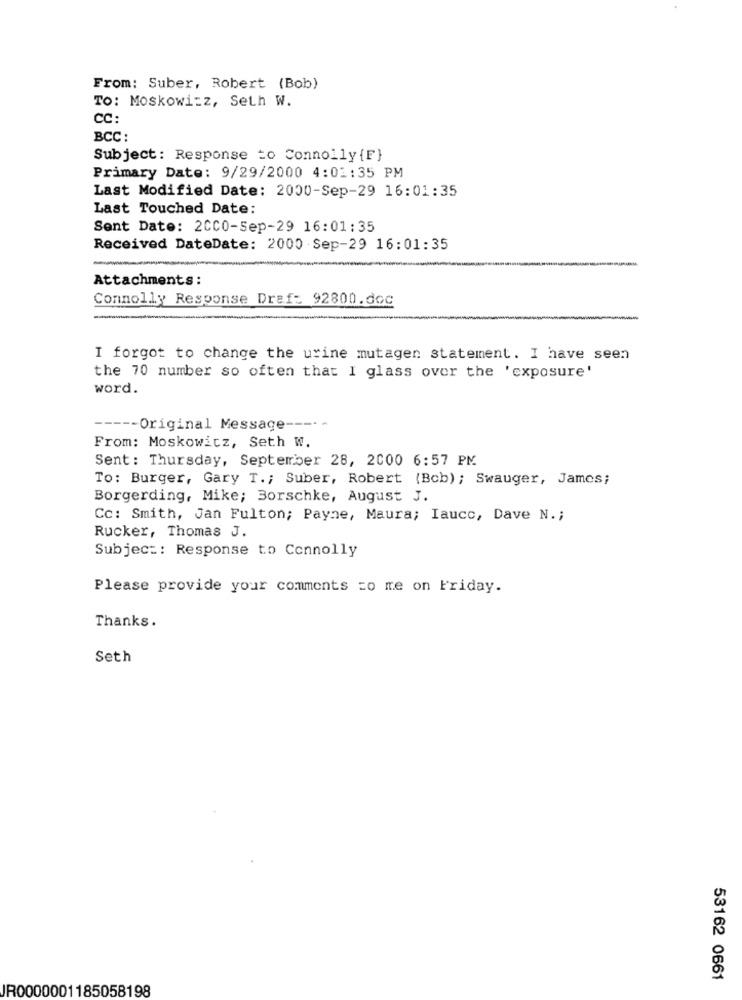
From: Suber, Robert (Bob)
TO: Moskowitz, Seth W.
CC:
BCC:
Subject: Response to Connolly {F}
Primary Date: 9/29/2000 4:01:35 PM
Last Modified Date: 2000-Sep-29 16:01:35
Last Touched Date:
Sent Date: 2CC0-Sep-29 16:01:35
Received DateDate: 2000 Sep-29 16:01:35
Attachments:
Connolly Response Draf: 92800.doc
I forgot to change the urine mutagen statement. I have seen
the 70 number so often that I glass over the 'exposure'
word.
-Original Message ----
From: Moskowicz, Seth W.
Sent: Thursday, September 28, 2000 6:57 PM
To: Burger, Gary T .; Suber, Robert (Bcb); Swauger, James;
Borgerding, Mike; Borschke, August J.
Cc: Smith, Jan Fulton; Payne, Maura; Iaucc, Dave N .;
Rucker, Thomas J.
Subject: Response to Connolly
Please provide your comments zo me on Friday.
Thanks.
Seth
53162 0661
IR0000001185058198